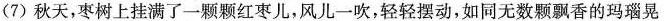
(7)秋天，枣树上挂满了一颗颗红枣儿，风儿一吹，轻轻摆动，如同无数颗飘香的玛瑙晃